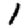
Digit: 1